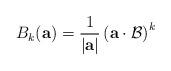
LaTeX: \begin{align*}B_{k}(\mathbf{a}) = \frac{1}{|\mathbf{a}|} \left( \mathbf{a} \cdot \mathcal{B} \right)^{k}\end{align*}